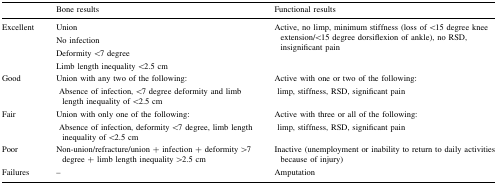
<table><thead><tr><td></td><td><b>Bone results</b></td><td><b>Functional results</b></td></tr></thead><tbody><tr><td>Excellent</td><td>UnionNo infectionDeformity &lt;7 degreeLimb length inequality &lt;2.5 cm</td><td>Active, no limp, minimum stiffness (loss of &lt;15 degree knee extension/&lt;15 degree dorsiflexion of ankle), no RSD, insignificant pain</td></tr><tr><td>Good</td><td>Union with any two of the following: Absence of infection, &lt;7 degree deformity and limb length inequality of &lt;2.5 cm</td><td>Active with one or two of the following: limp, stiffness, RSD, significant pain</td></tr><tr><td>Fair</td><td>Union with only one of the following: Absence of infection, deformity &lt;7 degree, limb length inequality of &lt;2.5 cm</td><td>Active with three or all of the following: limp, stiffness, RSD, significant pain</td></tr><tr><td>Poor</td><td>Non-union/refracture/union + infection + deformity &gt;7 degree + limb length inequality &gt;2.5 cm</td><td>Inactive (unemployment or inability to return to daily activities because of injury)</td></tr><tr><td>Failures</td><td>–</td><td>Amputation</td></tr></tbody></table>